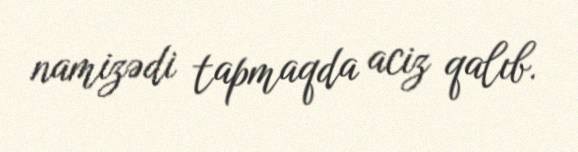
namizədi tapmaqda aciz qalıb.